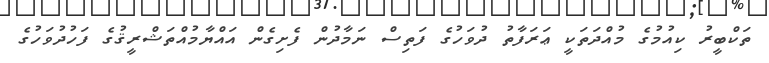
ތަކްބީރު ކިއުމުގެ މުއްދަތަކީ ޢަރަފާތު ދުވަހުގެ ފަތިސް ނަމާދުން ފެށިގެން އައްޔާމުއްތަޝްރީޤުގެ ފަހުދުވަހުގެ